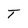
Character: T